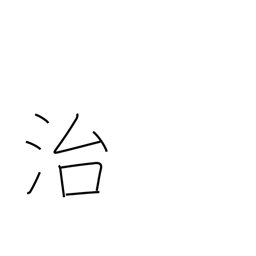
Meaning: be at peace